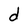
Character: d